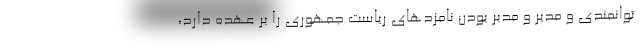
توانمندی و مدیر و مدبر بودن نامزدهای ریاست جمهوری را بر عهده دارد،